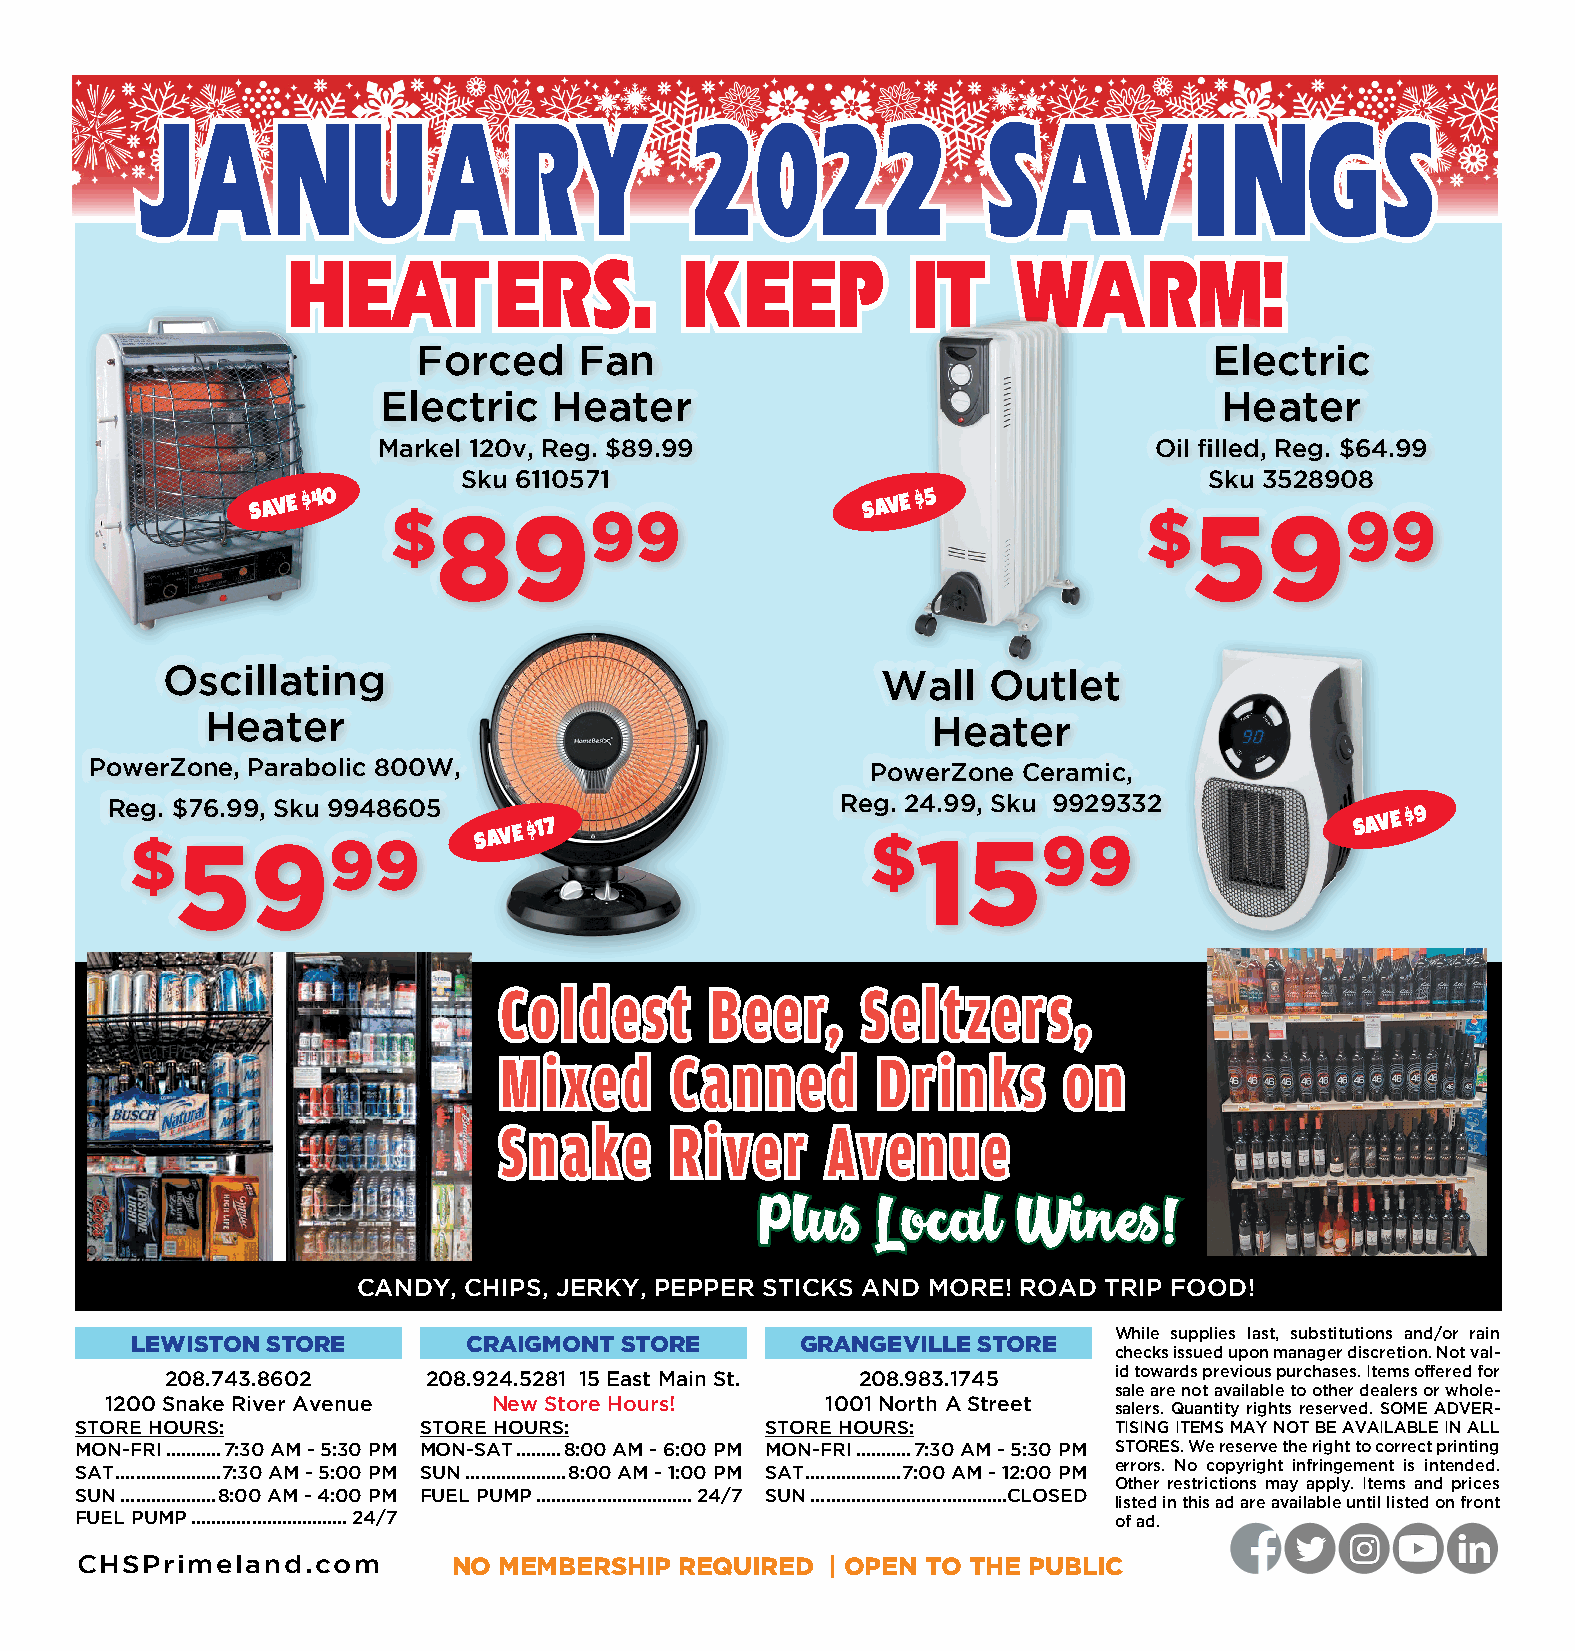
JJAANNUUAARRYY                       22002222           SSAAVVIINNGGSS
 HHEEAATTEERRSS..          KKEEEEPP       IITT   WWAARRMM!!
 Forced    Fan                                       Electric
 Electric   Heater                                       Heater
 Markel 120v, Reg. $89.99                           Oil filled, Reg. $64.99
 Sku 6110571                                      Sku 3528908
 SAVE $40
 $8999
 SAVE $5
 $5999
 Oscillating                                    Wall   Outlet
 Heater                                          Heater
 PowerZone, Parabolic 800W,                          PowerZone Ceramic,
 Reg. $76.99, Sku 9948605                         Reg. 24.99, Sku 9929332
 $5999                  SAVE
 $17
 $1599
 SAVE $9
 CCoo ll dd ee sstt BB ee ee rr,, SS ee ll tt zz ee rr ss ,,
 MM ii xxee dd CC aa nn nn ee dd DD rr ii nn kk ss oo nn
 SS nn aa kkee RR ii vvee rr AAvvee nn uu ee
 PPlluuss LLooccaall WWiinneess!!
 CANDY, CHIPS, JERKY, PEPPER STICKS AND MORE! ROAD TRIP FOOD!
 While supplies last, substitutions and/or rain
 LEWISTON STORE        CRAIGMONT STORE       GRANGEVILLE STORE
 checks issued upon manager discretion. Not val-
 208.743.8602     208.924.5281 15 East Main St. 208.983.1745    id towards previous purchases. Items offered for
 sale are not available to other dealers or whole-
 1200 Snake River Avenue   New Store Hours!      1001 North A Street
 salers. Quantity rights reserved. SOME ADVER-
 STORE HOURS:           STORE HOURS:           STORE HOURS:           TISING ITEMS MAY NOT BE AVAILABLE IN ALL
 MON-FRI ...........7:30 AM - 5:30 PM MON-SAT .........8:00 AM - 6:00 PM MON-FRI ...........7:30 AM - 5:30 PM STORES. We reserve the right to correct printing
 errors. No copyright infringement is intended.
 SAT .....................7:30 AM - 5:00 PM SUN ....................8:00 AM - 1:00 PM SAT ...................7:00 AM - 12:00 PM
 Other restrictions may apply. Items and prices
 SUN ...................8:00 AM - 4:00 PM FUEL PUMP ...............................24/7 SUN .......................................CLOSED
 listed in this ad are available until listed on front
 FUEL PUMP ...............................24/7                        of ad.
 CHSPrimeland.com         NO MEMBERSHIP  REQUIRED  | OPEN TO THE PUBLIC